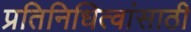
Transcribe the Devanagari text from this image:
प्रतिनिधित्वांसाठी